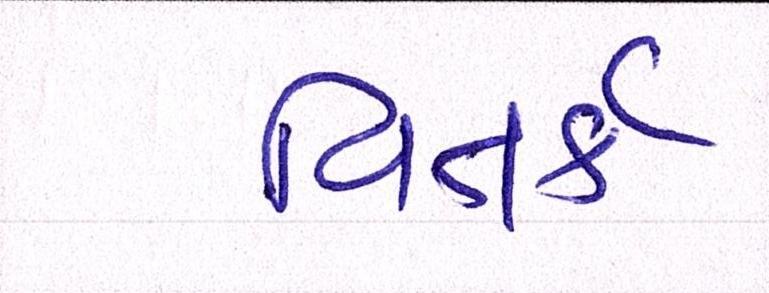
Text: વિતર્ક